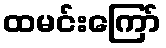
ထမင်းကြော်